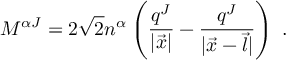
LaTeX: { \cal M } ^ { \alpha J } = 2 \sqrt 2 n ^ { \alpha } \left( \frac { q ^ { J } } { | \vec { x } | } - \frac { q ^ { J } } { | \vec { x } - \vec { l } | } \right) \ .